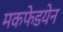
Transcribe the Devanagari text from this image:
मकफेडयेन